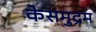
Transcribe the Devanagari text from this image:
केसमुद्रम